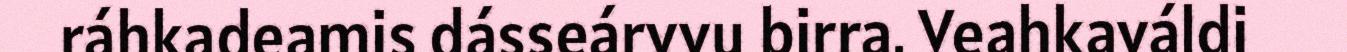
ráhkadeamis dásseárvvu birra. Veahkaváldi